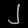
Digit: ၂